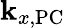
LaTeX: \mathbf{k}_{x,\textrm{{PC}}}